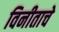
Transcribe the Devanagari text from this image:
विनीताचे